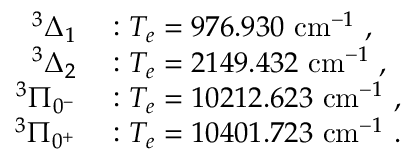
\begin{array} { r l } { ^ 3 \Delta _ { 1 } } & { { } : T _ { e } = 9 7 6 . 9 3 0 ~ \mathrm { c m } ^ { - 1 } \ , } \\ { ^ 3 \Delta _ { 2 } } & { { } : T _ { e } = 2 1 4 9 . 4 3 2 ~ \mathrm { c m } ^ { - 1 } \ , } \\ { ^ 3 \Pi _ { 0 ^ { - } } } & { { } : T _ { e } = 1 0 2 1 2 . 6 2 3 ~ \mathrm { c m } ^ { - 1 } \ , } \\ { ^ 3 \Pi _ { 0 ^ { + } } } & { { } : T _ { e } = 1 0 4 0 1 . 7 2 3 ~ \mathrm { c m } ^ { - 1 } \ . } \end{array}